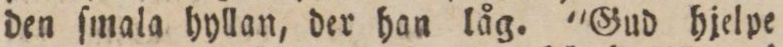
den ſmala hyllan, der han låg. 'Gud hjelpe